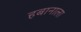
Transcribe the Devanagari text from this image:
हबानाला